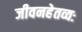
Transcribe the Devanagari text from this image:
जीवनहेतव्वः